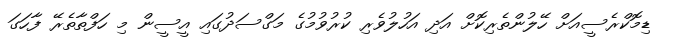
ޑިމޮކްރެސީއަށް ހޭލުންތެރިކޮށް އަދި އަހުލުވެރި ކުރުވުމުގެ މަގްސަދުގައި އީސީން މި ހަފްތާތެރޭ ފާހަގަ